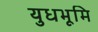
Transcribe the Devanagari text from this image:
युधभूमि